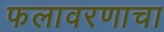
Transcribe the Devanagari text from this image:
फलावरणाचा